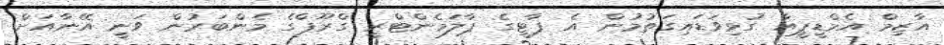
އާޒިމް އެމްޑީޕީއާ ގުޅިވަޑައިގަތުމުން އެ ޕާޓީގެ ޕާލަމެންޓްރީ ގްރޫޕްގެ މެންބަރުން ވަނީ އޭނާއަށް